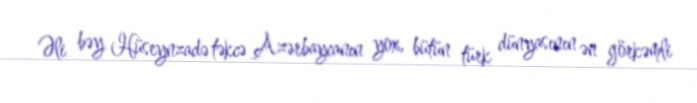
Əli bəy Hüseynzadə təkcə Azərbaycanın yox, bütün türk dünyasının ən görkəmli